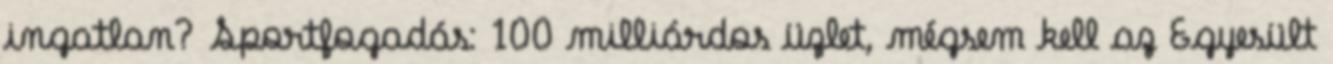
ingatlan? Sportfogadás: 100 milliárdos üzlet, mégsem kell az Egyesült